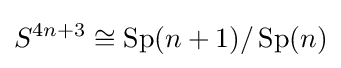
S^{4n+3}\cong \operatorname {Sp} (n+1)/\operatorname {Sp} (n)